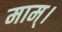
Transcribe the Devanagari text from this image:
माम्।